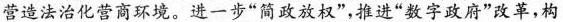
营造法治化营商环境。进一步”简政放权”，推进”数字政府”改革，构